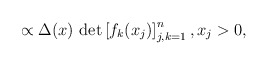
\begin{align*} \propto \Delta(x) \, \det \left[ f_{k}(x_j) \right]_{j,k=1}^n, x_j > 0, \end{align*}